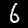
Digit: 6